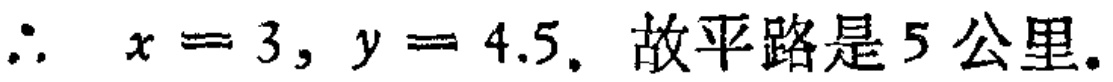
\(\therefore x = 3, y = 4.5.\) 故平路是 \(5\) 公里.